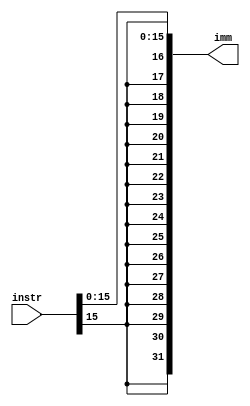
module extend(	input [31:0] instr,output [31:0] imm
);
assign imm = { { 16{ instr[15] } }, instr[15:0] };
endmodule